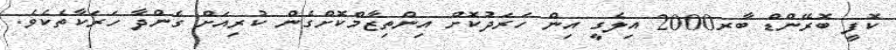
ކޮފީ ބޮރޭންޑް ބާރ2000 އިލެގީ އިން ހަރަދުކޮށް އިންތިޒާމްކޮށްގެން ކުރިއަށް ގެންދާ ހަރަކާތެކެވެ.